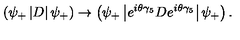
\left( \psi _ { + } \left| D \right| \psi _ { + } \right) \rightarrow \left( \psi _ { + } \left| e ^ { i \theta \gamma _ { 5 } } D e ^ { i \theta \gamma _ { 5 } } \right| \psi _ { + } \right) .